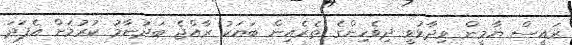
ރައީސް ޔާމީން ވިދާޅުވީ ދިވެހިންގެ ތެރެއިން ބަޔަކު ރާއްޖެ ބަދުނާމު ކުރުމަށް އެފަދަ